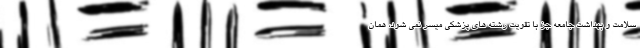
سلامت و بهداشت جامعه جز با تقویت رشته های پزشکی میسر نمی شود، همان